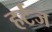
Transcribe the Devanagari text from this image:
हर्टज